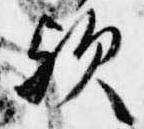
歟